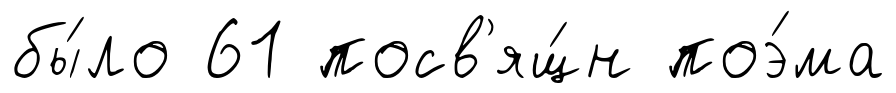
бы́ло 61 посв'ящ́н поэ́ма